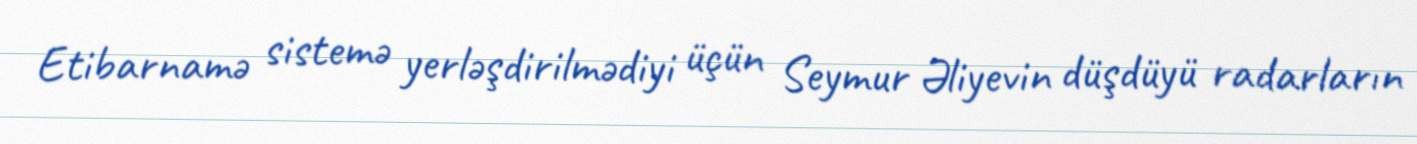
Etibarnamə sistemə yerləşdirilmədiyi üçün Seymur Əliyevin düşdüyü radarların